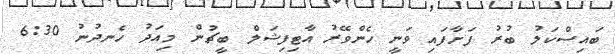
ބައިސްކަލު ބުރު ފަށާފައި ވަނީ ހެންވޭރު އާޓިފިޝަލް ބީޗުން މިއަދު ހެނދުނު 6:30